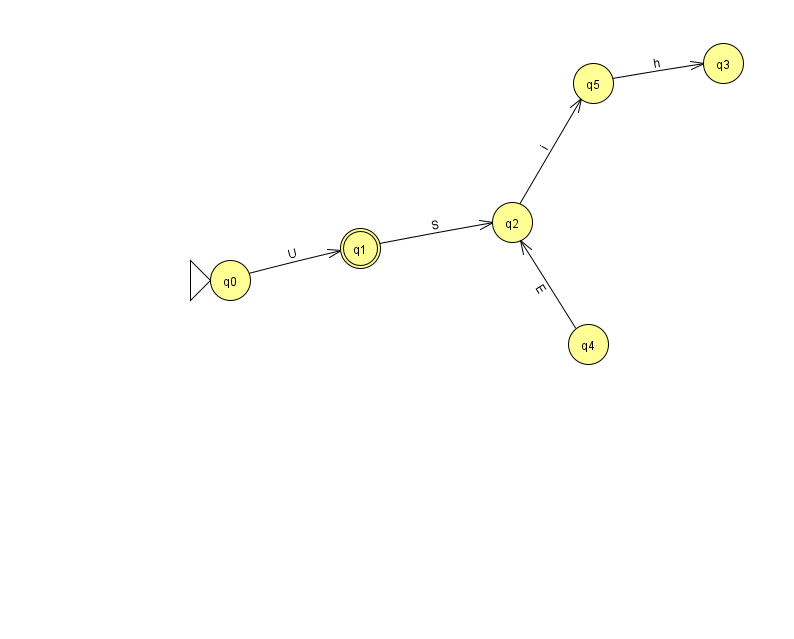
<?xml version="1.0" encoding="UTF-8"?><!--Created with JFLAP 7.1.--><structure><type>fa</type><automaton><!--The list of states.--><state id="0" name="q0"><x>230.0</x><y>267.0</y><initial/></state><state id="1" name="q1"><x>360.0</x><y>235.0</y><final/></state><state id="2" name="q2"><x>512.0</x><y>209.0</y></state><state id="3" name="q3"><x>723.0</x><y>50.0</y></state><state id="4" name="q4"><x>588.0</x><y>331.0</y></state><state id="5" name="q5"><x>593.0</x><y>70.0</y></state><!--The list of transitions.--><transition><from>5</from><to>3</to><read>h</read></transition><transition><from>4</from><to>2</to><read>E</read></transition><transition><from>2</from><to>5</to><read>i</read></transition><transition><from>0</from><to>1</to><read>U</read></transition><transition><from>1</from><to>2</to><read>S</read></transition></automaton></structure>